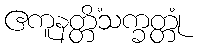
ဧကူနတ္တိံသက္ခတ္တုံ